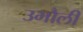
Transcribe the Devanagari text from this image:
उभौली